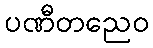
ပဏီတညေဝ